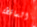
الساقطة